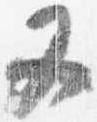
又